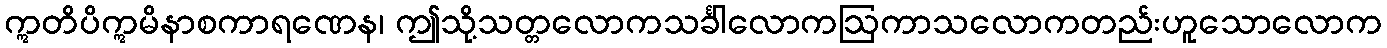
ဣတိပိဣမိနာစကာရဏေန၊ ဤသို့သတ္တလောကသင်္ခါလောကဩကာသလောကတည်းဟူသောလောက